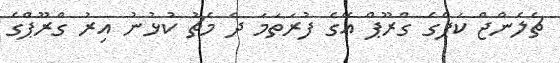
ޗެލެންޖް ކަޕްގެ ގްރޫޕް އޭގެ ފުރަތަމަ ދެ މެޗު ކުޅުނު އިރު ގްރޫޕްގެ